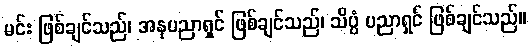
မင်း ဖြစ်ချင်သည်၊ အနုပညာရှင် ဖြစ်ချင်သည်၊ သိပ္ပံ ပညာရှင် ဖြစ်ချင်သည်။